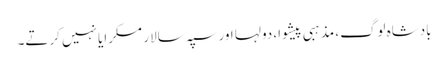
بادشاہ لوگ، مذہبی پیشوا، دولہا اور سپہ سالار مسکرایا نہیں کرتے۔